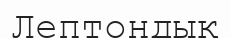
Лептондық